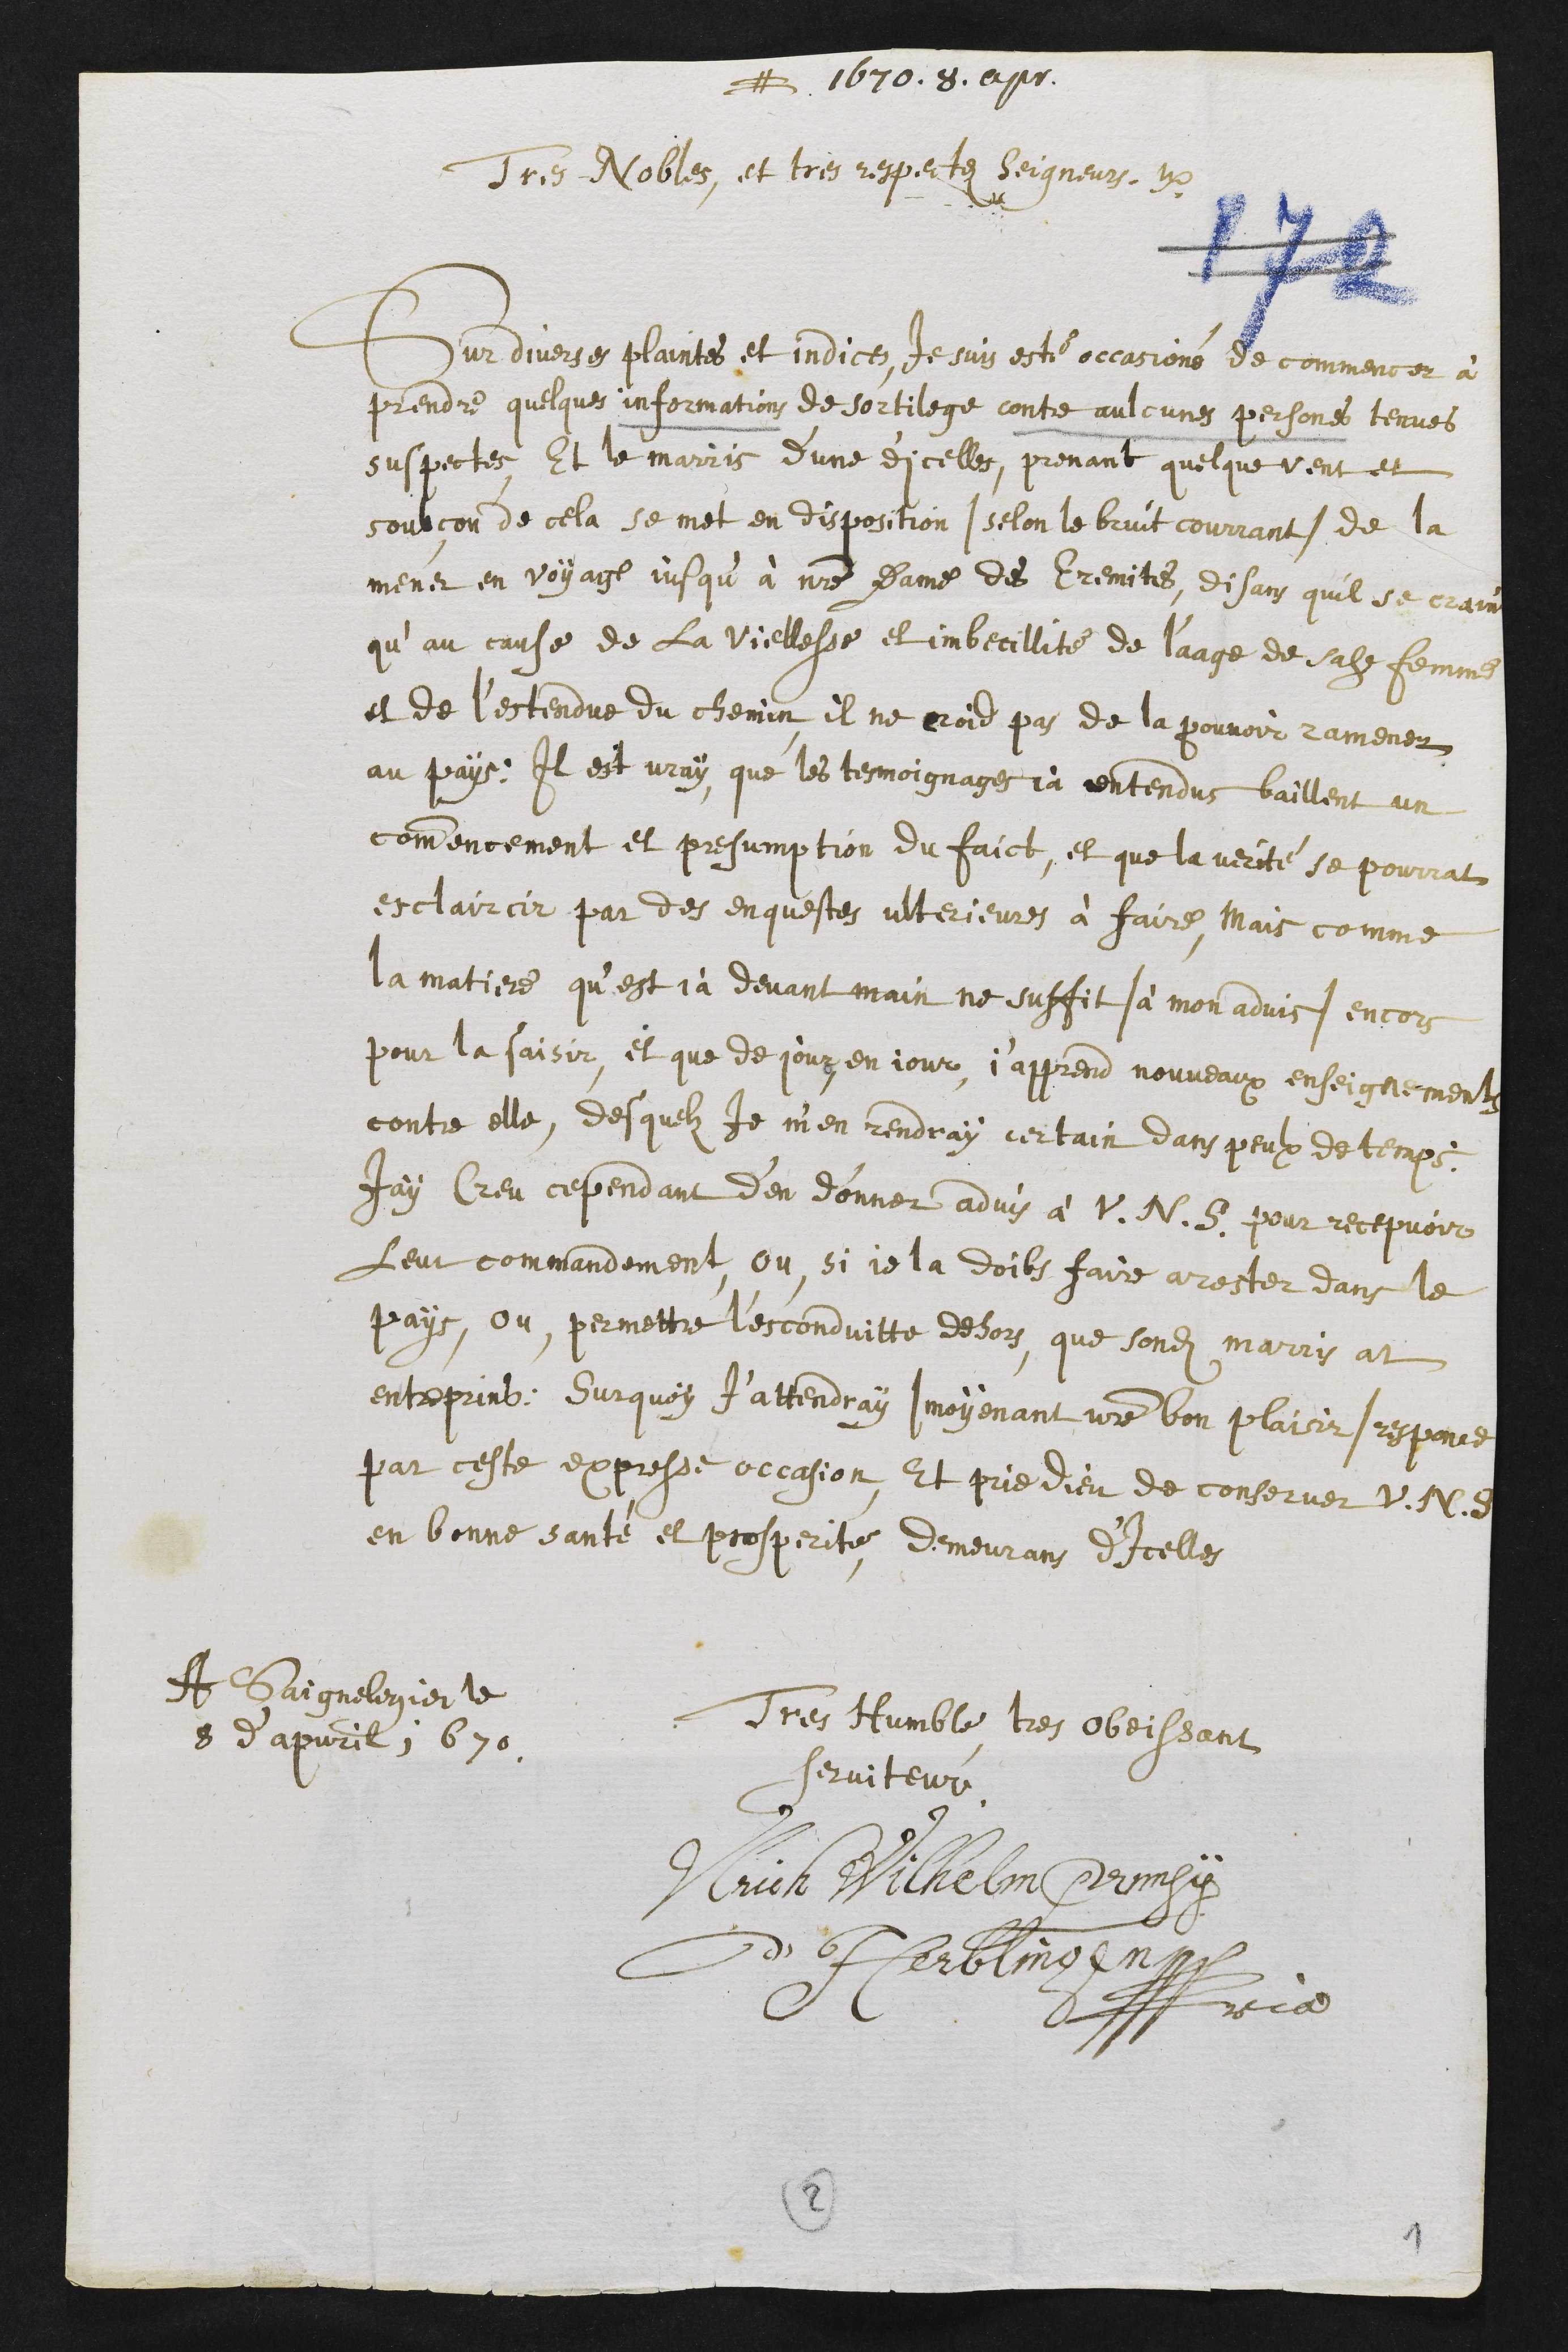
# 1679. 8. aprilisTres Nobles, et tres respectes seigneurs. etc.Sur diverses plaintes et indices, je suis esté occasioné de commencer àprendre quelques informations de sortilege contre aulcunes persones tenuessuspecte, et le marris d’une d’icelles, prenant quelque vent etsoubçon de cela se met en disposition /selon le bruit courrant/ de lamener en voyage jusqu’à notre Dame des Ermites, disans qu’il se craindqu’au cause de la viellesse et imbecillité de l’aage de sadite femmeet de l’estendue du chemin il ne croid pas de la pouvoir ramenerau pays : il est vray, que les tesmoignages ja entendus baillent uncommencement et presumption du faict, et que la verité se pourratesclaircir par des enquestes ulterieures à faire, mais commela matiere qu’est jà devant main ne suffit /à mon advis/ encorepour la saisir, et que de jour en jour, j’apprend nouveaux enseignementscontre elle, desquelz je m’en rendray certain dans peulx de temps:J’ay creu cependant d’en donner advis à Vos Nobles Seigneurs pour recepvoirleur commandemant, ou, si je la doibs faire arester dans lepays, ou, permettre l’esconduitte dehors, que sondit marris atentreprint : surquoy j’attendray / moyenant votre bon plaisir / responcepar ceste expresse occasion, et prie Dieu de conserver Vos Nobles Seigneursen bonne santé et prosperité, demeurans d’icellesTres Humble, tres obeissantserviteur.Ulrich Wilhelm Primsyd’Herblingen??riaA Saignelegier le8 d'apvril 1670.